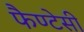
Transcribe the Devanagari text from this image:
फैण्टेसी